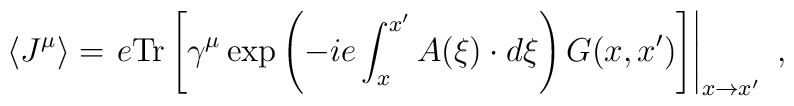
\left\langle J^{\mu }\right\rangle =\left. e\mbox{Tr}\left[ \gamma ^{\mu}\exp \left( -ie\int_{x}^{x^{\prime }}A(\xi )\cdot d\xi \right)G(x,x^{\prime })\right] \right| _{x\rightarrow x^{\prime }}\ ,